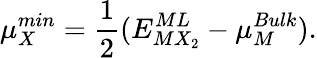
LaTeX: \mu_{X}^{min}=\frac{1}{2}(E_{MX_{2}}^{ML}-\mu_{M}^{Bulk}).